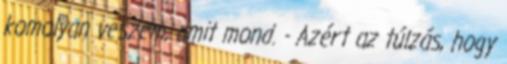
komolyan veszem, amit mond. - Azért az túlzás, hogy